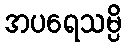
အပရေသမ္ပိ